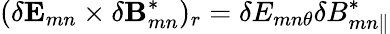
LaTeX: (\delta\mathbf{E}_{mn}\times\delta\mathbf{B}_{mn}^{*})_{r}=\delta E_{mn\theta}\delta B_{mn\parallel}^{*}